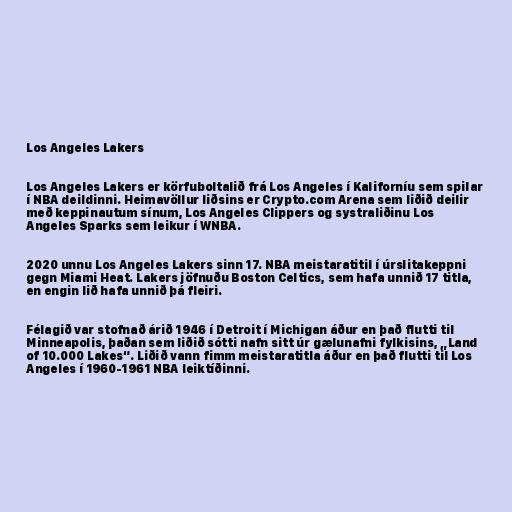
Los Angeles Lakers

Los Angeles Lakers er körfuboltalið frá Los Angeles í Kaliforníu sem spilar
í NBA deildinni. Heimavöllur liðsins er Crypto.com Arena sem liðið deilir
með keppinautum sínum, Los Angeles Clippers og systraliðinu Los
Angeles Sparks sem leikur í WNBA.

2020 unnu Los Angeles Lakers sinn 17. NBA meistaratitil í úrslitakeppni
gegn Miami Heat. Lakers jöfnuðu Boston Celtics, sem hafa unnið 17 titla,
en engin lið hafa unnið þá fleiri.

Félagið var stofnað árið 1946 í Detroit í Michigan áður en það flutti til
Minneapolis, þaðan sem liðið sótti nafn sitt úr gælunafni fylkisins, „Land
of 10.000 Lakes“. Liðið vann fimm meistaratitla áður en það flutti til Los
Angeles í 1960-1961 NBA leiktíðinni.